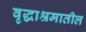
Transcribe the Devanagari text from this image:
वृद्धाश्रमातील